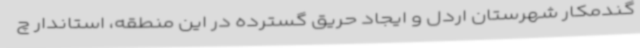
گندمکار شهرستان اردل و ایجاد حریق گسترده در این منطقه، استاندار چ